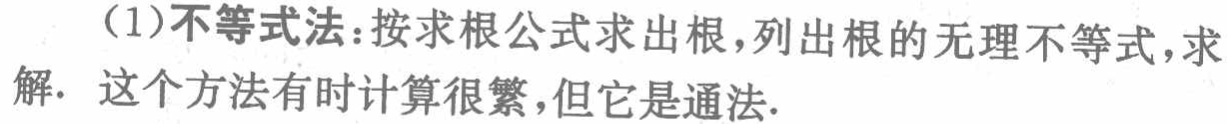
（1）不等式法：按求根公式求出根，列出根的无理不等式，求解. 这个方法有时计算很繁，但它是通法.